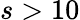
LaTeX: s>10